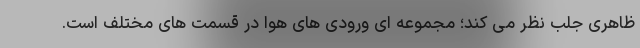
ظاهری جلب نظر می کند؛ مجموعه ای ورودی های هوا در قسمت های مختلف است.